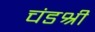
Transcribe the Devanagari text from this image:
चंडश्री